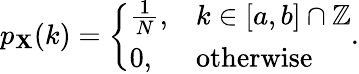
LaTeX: p_{\mathbf{X}}(k)={\left\{ \begin{array}{ll}{{\frac{1}{N}},}&{k\in[a,b]\cap\mathbb{Z}}\\ {0,}&{{\mathrm{otherwise}}}\end{array}\right.}.